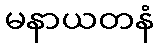
မနာယတနံ